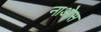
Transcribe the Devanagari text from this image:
नाओस